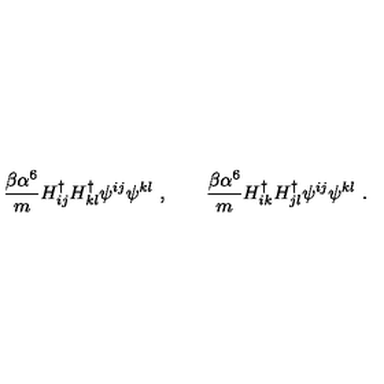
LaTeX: \frac { \beta \alpha ^ { 6 } } { m } H _ { i j } ^ { \dagger } H _ { k l } ^ { \dagger } \psi ^ { i j } \psi ^ { k l } \ , \qquad \frac { \beta \alpha ^ { 6 } } { m } H _ { i k } ^ { \dagger } H _ { j l } ^ { \dagger } \psi ^ { i j } \psi ^ { k l } \ .